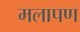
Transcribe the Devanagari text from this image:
मलापण